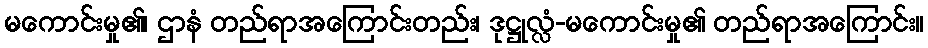
မကောင်းမှု၏၊ ဌာနံ တည်ရာအကြောင်းတည်း၊ ဒုဋ္ဌုလ္လံ-မကောင်းမှု၏ တည်ရာအကြောင်း။